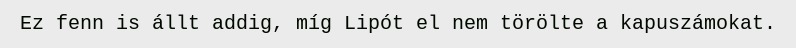
Ez fenn is állt addig, míg Lipót el nem törölte a kapuszámokat.